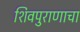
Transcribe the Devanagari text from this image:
शिवपुराणाचा